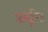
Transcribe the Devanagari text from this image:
अस्तूरिया